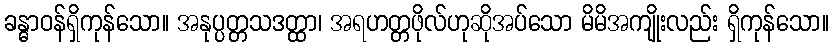
ခန္ဓာဝန်ရှိကုန်သော။ အနုပ္ပတ္တသဒတ္ထာ၊ အရဟတ္တဖိုလ်ဟုဆိုအပ်သော မိမိအကျိုးလည်း ရှိကုန်သော။